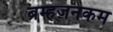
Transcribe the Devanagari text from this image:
ब्रम्हजनकम